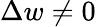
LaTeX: \Delta w\ne 0